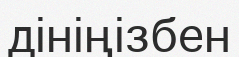
дініңізбен